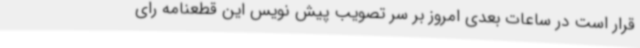
قرار است در ساعات بعدی امروز بر سر تصویب پیش نویس این قطعنامه رای